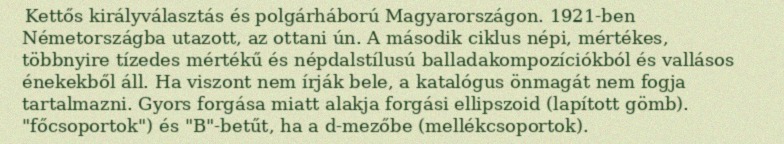
Kettős királyválasztás és polgárháború Magyarországon. 1921-ben Németországba utazott, az ottani ún. A második ciklus népi, mértékes, többnyire tízedes mértékű és népdalstílusú balladakompozíciókból és vallásos énekekből áll. Ha viszont nem írják bele, a katalógus önmagát nem fogja tartalmazni. Gyors forgása miatt alakja forgási ellipszoid (lapított gömb). "főcsoportok") és "B"-betűt, ha a d-mezőbe (mellékcsoportok).